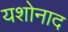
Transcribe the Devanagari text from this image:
यशोनाद